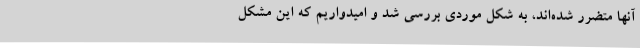
آنها متضرر شده‌اند، به شکل موردی بررسی شد و امیدواریم که این مشکل